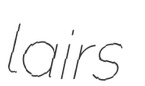
lairs